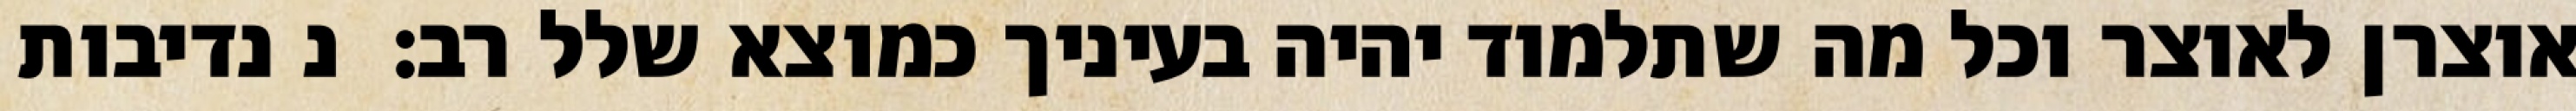
אוצרן לאוצר וכל מה שתלמוד יהיה בעיניך כמוצא שלל רב:  נ נדיבות